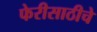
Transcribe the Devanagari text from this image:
फेरीसाठीचे